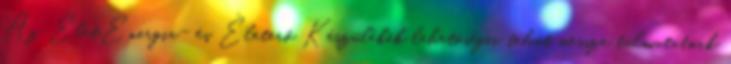
Az ÉletEnergia- és Életerő Készülékek lehetőségei tehát messze túlmutatnak